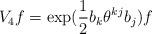
LaTeX: \begin{align*}V_{4}f=\exp (\frac{1}{2}b_{k}\theta ^{kj}b_{j})f\end{align*}